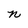
Character: n